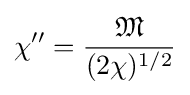
\chi ''={\frac {\mathfrak {M}}{(2\chi )^{1/2}}}